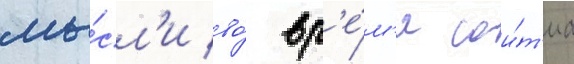
мы́сл'и во́ вр'е́м'я сои́т'иа